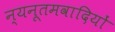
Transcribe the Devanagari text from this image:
न्यनूतमवादियों